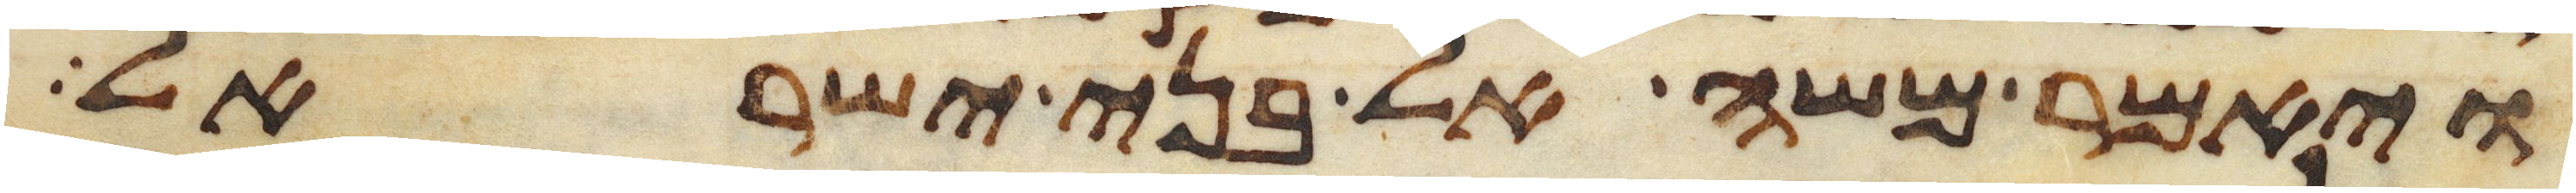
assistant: ויאמר משה אל בני ישראל